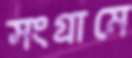
সংগ্রামে